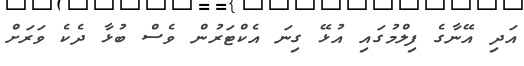
އަދި އޭނާގެ ފިލްމުގައި އުޅޭ ގިނަ އެކްޓަރުން ވެސް ބުޅާ ދެކެ ވަރަށް